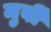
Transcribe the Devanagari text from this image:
मुर्बी